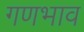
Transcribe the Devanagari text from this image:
गणभाव